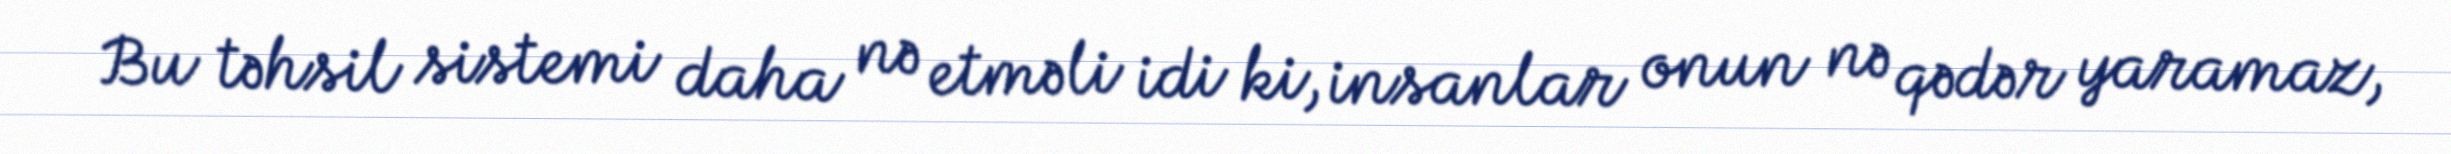
Bu təhsil sistemi daha nə etməli idi ki, insanlar onun nə qədər yaramaz,